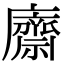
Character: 𢋿